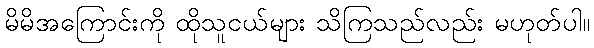
မိမိအကြောင်းကို ထိုသူငယ်များ သိကြသည်လည်း မဟုတ်ပါ။